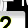
Digit: 2